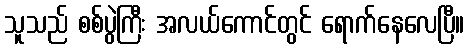
သူသည် စစ်ပွဲကြီး အလယ်ကောင်တွင် ရောက်နေလေပြီ။